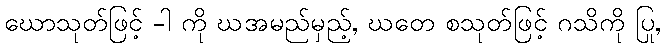
ဃောသုတ်ဖြင့် -ါ ကို ဃအမည်မှည့်, ဃတေ စသုတ်ဖြင့် ဂသိကို ပြု,